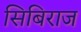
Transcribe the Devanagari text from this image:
सिबिराज